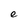
Character: e